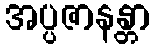
အပ္ပဇာနန္တာ